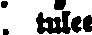
: tulee